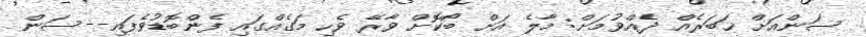
ސަންއަށް ޚަބަރެއް ދެއްވުމަށް: މާލެ އަށް ބޯކޮށް ވާރޭ ވެހި މަގެއްގައި ފެންބޮޑުވެފައި--ސަން